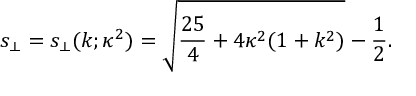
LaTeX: s _ { \perp } = s _ { \perp } ( k ; \kappa ^ { 2 } ) = \sqrt { \frac { 2 5 } { 4 } + 4 \kappa ^ { 2 } ( 1 + k ^ { 2 } ) } - \frac 1 2 .